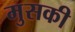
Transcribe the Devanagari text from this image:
मुसकी